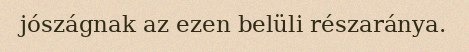
jószágnak az ezen belüli részaránya.